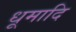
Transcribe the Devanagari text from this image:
धूमादि